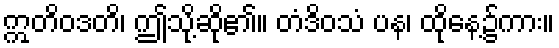
ဣတိဝဒတိ၊ ဤသို့ဆို၏။ တံဒိဝသံ ပန၊ ထိုနေ့၌ကား။